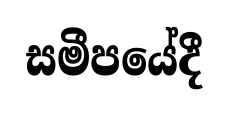
සමීපයේදී